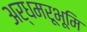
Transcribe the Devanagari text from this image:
अर्धमरूभूमि